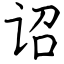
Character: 诏